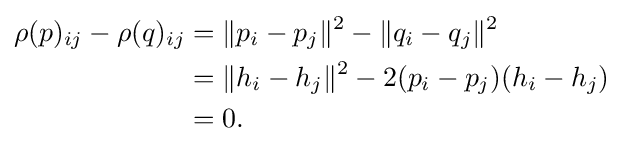
{\begin{aligned}\rho (p)_{ij}-\rho (q)_{ij}&=\|p_{i}-p_{j}\|^{2}-\|q_{i}-q_{j}\|^{2}\\&=\|h_{i}-h_{j}\|^{2}-2(p_{i}-p_{j})(h_{i}-h_{j})\\&=0.\end{aligned}}